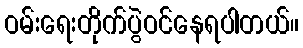
ဝမ်းရေးတိုက်ပွဲဝင်နေရပါတယ်။